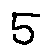
5